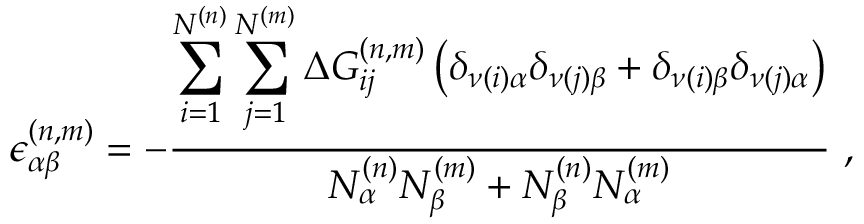
\epsilon _ { \alpha \beta } ^ { ( n , m ) } = - \frac { \displaystyle \sum _ { i = 1 } ^ { N ^ { ( n ) } } \sum _ { j = 1 } ^ { N ^ { ( m ) } } \Delta G _ { i j } ^ { ( n , m ) } \left( \delta _ { \nu ( i ) \alpha } \delta _ { \nu ( j ) \beta } + \delta _ { \nu ( i ) \beta } \delta _ { \nu ( j ) \alpha } \right) } { N _ { \alpha } ^ { ( n ) } N _ { \beta } ^ { ( m ) } + N _ { \beta } ^ { ( n ) } N _ { \alpha } ^ { ( m ) } } ~ ,